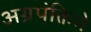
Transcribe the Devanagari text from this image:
अग्रपंक्तिमे